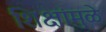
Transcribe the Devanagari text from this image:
शिक्षांमुळे